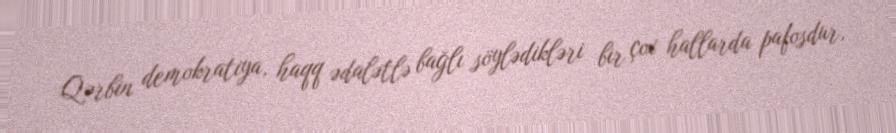
Qərbin demokratiya, haqq ədalətlə bağlı söylədikləri bir çox hallarda pafosdur,